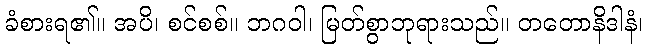
ခံစားရ၏။ အပိ၊ စင်စစ်။ ဘဂဝါ၊ မြတ်စွာဘုရားသည်။ တတောနိဒါနံ၊